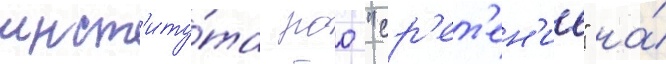
инст'иту́та роо "ср'ет'ен'ие" на́